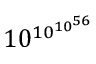
1 0 ^ { 1 0 ^ { 1 0 ^ { 5 6 } } }